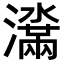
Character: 𬉞